system: You are a helpful assistant.
user:
Analyze the provided spectrum to determine if it is a **S-type Star**.

- **Key Indicators for S-type Star:**

    - **(Overall Spectrum Shape):** The first and most obvious characteristic is the overall continuum (the "baseline" shape). It is **extremely "red-sloping,"** meaning the flux (light intensity) is very low on the left side (blue, ~4000-4500 Å) and rises steeply and continuously toward the right side (red, ~7000 Å+).

    - **(Primary):** The spectrum is defined by the presence of strong, broad molecular absorption "valleys" (bands) from **Zirconium Oxide (ZrO)**. The identification of these bands is the **primary requirement** for classifying a star as S-type.
        - **(Key Bandheads):** You must find distinct, deep "dips" where the light has been absorbed. The most critical band systems to locate are:
            - **~6474 Å** ($\gamma$-system): This is often the strongest and clearest ZrO feature, found in the red part of the spectrum.
            - **~5718 Å** & **~5551 Å** ($\beta$-system): A pair of prominent absorption features in the yellow-orange part of the spectrum.
            - **~4640 Å** ($\alpha$-system): A key absorption band system in the blue-green region of the spectrum.

    - **(Secondary Confirmation):** The classification is strengthened by finding additional absorption bands from other related heavy element oxides, which are expected to be present alongside ZrO.
        - **(Key Bandheads):**
            - **Yttrium Oxide (YO):** Look for absorption dips near **~4800 Å** and **~6100 Å**.
            - **Lanthanum Oxide (LaO):** Additional absorption features, particularly in the red-orange part of the spectrum, are also characteristic.

    - **(Line Profile):** The combination of the steep red continuum and these numerous, deep molecular bands (ZrO, YO, etc.) gives the entire spectrum a very **"chopped-up"** or **"bumpy"** appearance. Instead of a smooth curve, the spectrum looks as though large, wide chunks of light have been "carved out" of it at the specific wavelengths listed above.

Think first, call **spectral_visualization_tool** if needed to examine features in detail, then provide your final answer. Your response must adhere to the following strict rules:
1.  **Overall Structure:** Your response must follow the format `<think>...</think> <tool_call>...</tool_call> (if a tool is used) <answer>...</answer>`.
2.  **Tool Usage Constraint:** You may only make **one** tool call per turn.
3.  **Final Answer Format:** In the `<answer>` tag, your conclusion must be inside a `\boxed{}` command (e.g., `\boxed{YES}` or `\boxed{NO}`), followed by your justification.

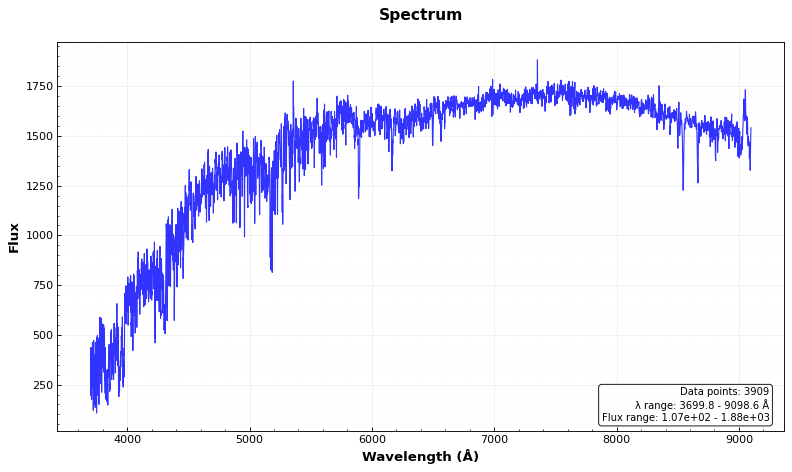
Answer: NO